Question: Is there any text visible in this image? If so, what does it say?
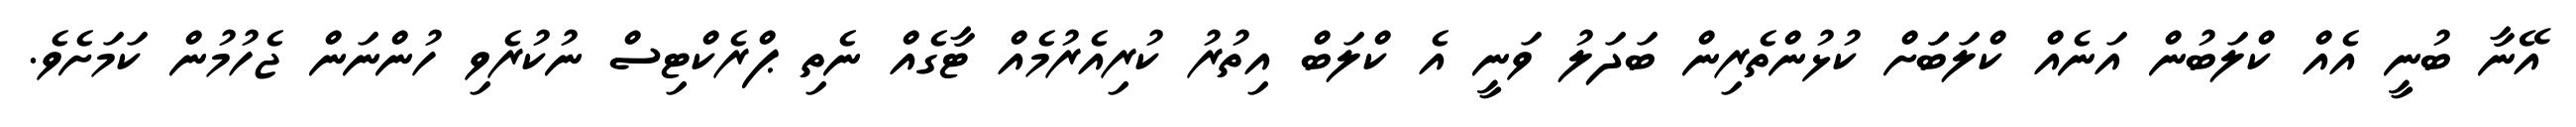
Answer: އޭނާ ބުނީ އެއް ކްލަބުން އަނެއް ކްލަބަަށް ކުޅުންތެރިން ބަދަލު ވަނީ އެ ކްލަބް އިތުރު ކުރިއެރުމެއް ޓާގެއް ނެތި ޕްރެކްޓިސް ނުކުރެވި ހުންނަން ޖެހުމުން ކަމަށެވެ.